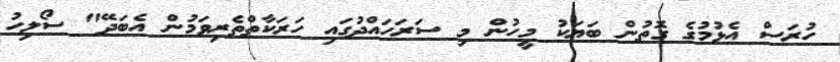
ހުރަސް އެޅުމުގެ ގޮތުން ބަޔަކު މީހުން މި ސަރަހައްދުގައި ހަރަކާތްތެރިވަމުން އެބަދޭ" ސޯލިހު